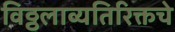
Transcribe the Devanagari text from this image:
विठ्ठलाव्यतिरिक्तचे